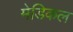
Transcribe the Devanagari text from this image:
मेडिकल